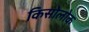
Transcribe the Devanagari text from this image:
किसोलोक